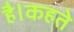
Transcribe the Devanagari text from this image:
है।कहते